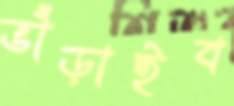
ভাঁড়াইব